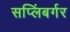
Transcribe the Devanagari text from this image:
सप्लिंबर्गर